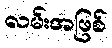
လမ်းအဖြစ်